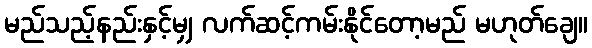
မည်သည့်နည်းနှင့်မျှ လက်ဆင့်ကမ်းနိုင်တော့မည် မဟုတ်ချေ။